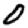
Digit: 0